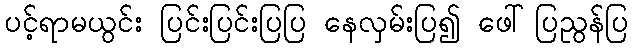
ပင့်ရာမယွင်း ပြင်းပြင်းပြပြ နေလှမ်းပြ၍ ဖေါ်ပြညွန်ပြ